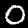
Digit: 0